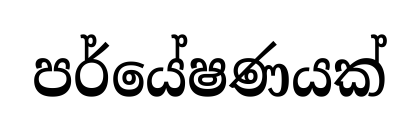
පර්යේෂණයක්